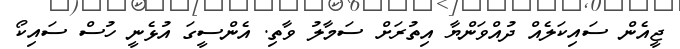
ޖީއެން ސައިކަލެއް ދުއްވަންޔާ އިތުރަށް ސަމާލު ވާތި. އެންސީގަ އުޅެނީ ހުސް ސައިކޯ